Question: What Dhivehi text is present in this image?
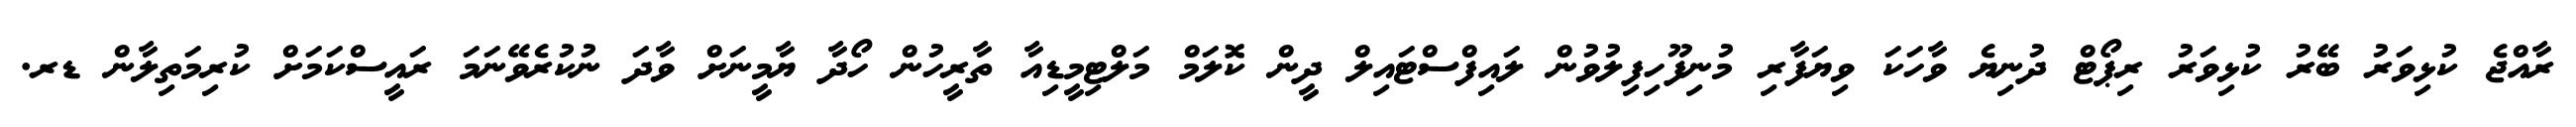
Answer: ރާއްޖެ ކުޅިވަރު ބޭރު ކުޅިވަރު ރިޕޯޓް ދުނިޔެ ވާހަކަ ވިޔަފާރި މުނިފޫހިފިލުވުން ލައިފްސްޓައިލް ދީން ކޮލަމް މަލްޓިމީޑިއާ ތާރީހުން ހޯދާ ޔާމީނަށް ވާދަ ނުކުރެވޭނަމަ ރައީސްކަމަށް ކުރިމަތިލާން ޑރ.